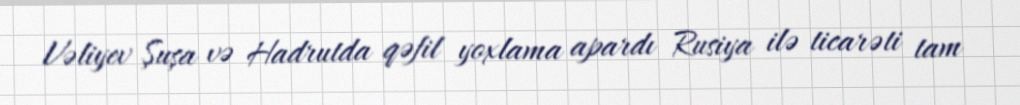
Vəliyev Şuşa və Hadrutda qəfil yoxlama apardı Rusiya ilə ticarəti tam